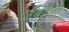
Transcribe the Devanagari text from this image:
उंबागी